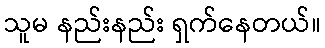
သူမ နည်းနည်း ရှက်နေတယ်။